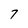
Character: 7